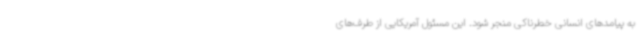
به پیامدهای انسانی خطرناکی منجر شود. این مسئول آمریکایی از طرف‌های